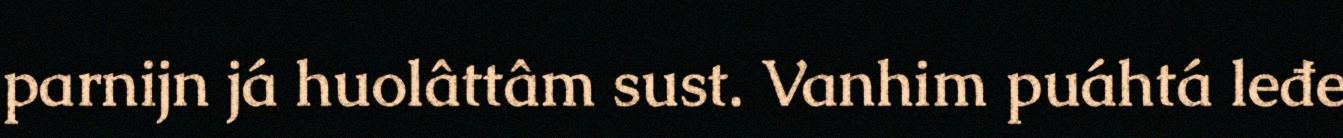
parnijn já huolâttâm sust. Vanhim puáhtá leđe